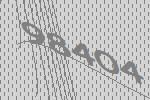
98404